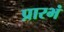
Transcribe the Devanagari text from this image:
प्रारभं